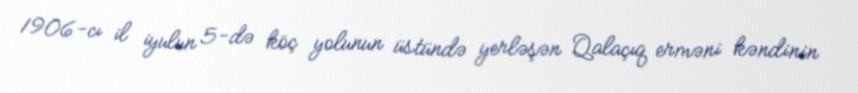
1906-cı il iyulun 5-də köç yolunun üstündə yerləşən Qalaçıq erməni kəndinin